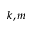
k , m